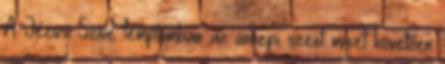
A Jézus Szíve templomban az ünnepi szent misét követően